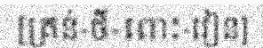
[គ្រន់-ថី-ពោះ-វៀន]